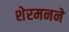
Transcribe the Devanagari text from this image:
शेरमनने